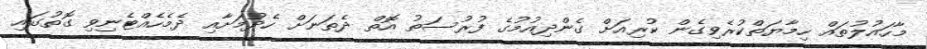
މާހައުލުތައް ހިމާޔަތްކުރެވިގެން ކުރިއަށް ގެންދިއުމުގެ ފުރުސަތު އޮތް ދެތަނަށް ހެދުމަށާއި ދެމެހެއްޓެނިވި ގޮތުގައި